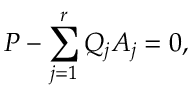
P - \sum _ { j = 1 } ^ { r } Q _ { j } A _ { j } = 0 ,